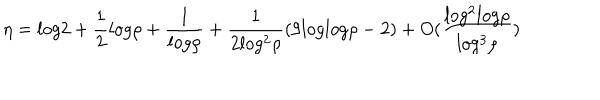
\eta = l o g 2 + \frac { 1 } { 2 } l o g \rho + \frac { 1 } { l o g \rho } + \frac { 1 } { 2 l o g ^ { 2 } \rho } ( 9 l o g l o g \rho - 2 ) + O ( \frac { l o g ^ { 2 } l o g \rho } { l o g ^ { 3 } \rho } )